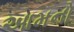
આમનો